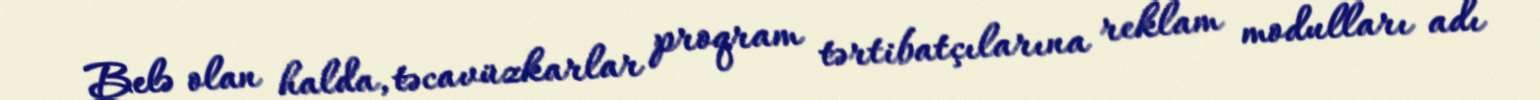
Belə olan halda, təcavüzkarlar proqram tərtibatçılarına reklam modulları adı